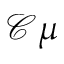
\mathcal C \mu